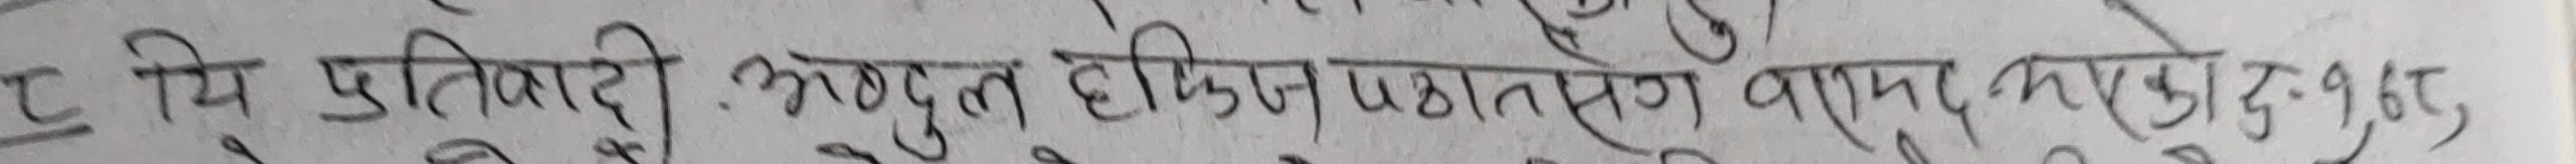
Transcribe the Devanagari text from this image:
ट. मि प्रतिवादी अब्दुल हफीज पठाण वाघ विरुद्ध १४६३,